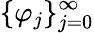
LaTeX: \{ \varphi_{j}\} _{j=0}^{\infty}